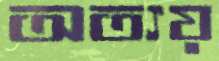
অত্যয়